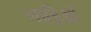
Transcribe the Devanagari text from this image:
नाड़िओं